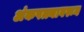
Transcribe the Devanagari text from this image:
अंकपत्त्यावरून